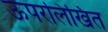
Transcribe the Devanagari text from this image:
ऊपरलिखित